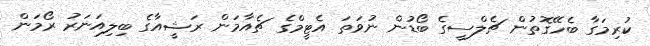
ކުރިމަގާ ބެހޭގޮތުން ޗެލްސީގެ ބޯޑުން ނުވަތަ އެޓީމްގެ ޗެއާމަން ރަޝީއާގެ ބިލިއަނަރު ރޯމަން